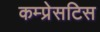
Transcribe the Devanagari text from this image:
कम्प्रेसटिस